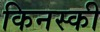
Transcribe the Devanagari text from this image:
किनस्की